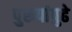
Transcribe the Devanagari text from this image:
पुरूषांपुढे